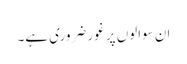
ان سوالوں پر غور ضروری ہے۔